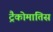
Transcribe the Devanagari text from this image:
ट्रैकोमातिस